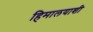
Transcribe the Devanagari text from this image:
हिमालयाशी